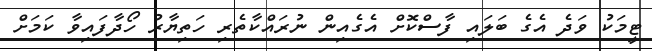
ޓީމަކު ވަދެ އެގެ ބަލައި ފާސްކޮށް އެގެއިން ނުރައްކާތެރި ހަތިޔާރު ހޯދާފައިވާ ކަމަށް